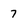
Character: 7